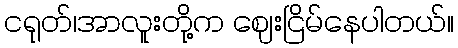
ငရုတ်၊အာလူးတို့က ဈေးငြိမ်နေပါတယ်။